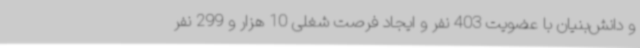
و دانش‌بنیان با عضویت 403 نفر و ایجاد فرصت شغلی 10 هزار و 299 نفر